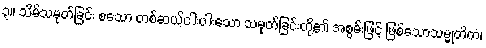
၃။ သိမ်သမုတ်ခြင်း စသော တစ်ဆယ့်ငါးပါးသော သမုတ်ခြင်းတို့၏ အစွမ်းဖြင့် ဖြစ်သောသမ္မုတိကံ၊